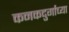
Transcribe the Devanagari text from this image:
कनकदुर्गाच्या